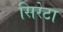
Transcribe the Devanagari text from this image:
सिरेटा